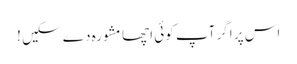
اس پر اگر آپ کوئی اچھا مشورہ دے سکیں !